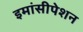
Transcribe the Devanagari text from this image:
इमांसीपेशन